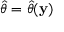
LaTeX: { \widehat { \theta } } = { \widehat { \theta } } ( \mathbf { y } )